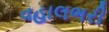
વહાલભરી